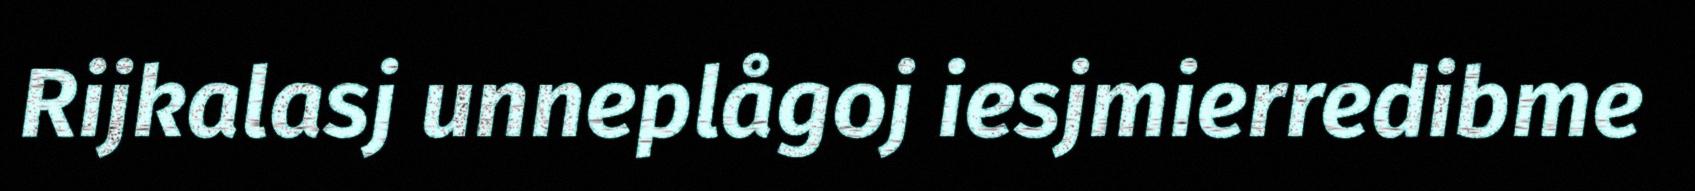
Rijkalasj unneplågoj iesjmierredibme